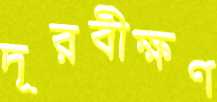
দূরবীক্ষণ